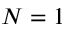
N = 1